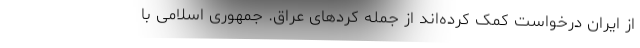
از ایران درخواست کمک کرده‌اند از جمله کردهای عراق. جمهوری اسلامی با